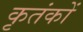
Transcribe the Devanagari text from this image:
कृतंकों